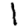
Digit: 1